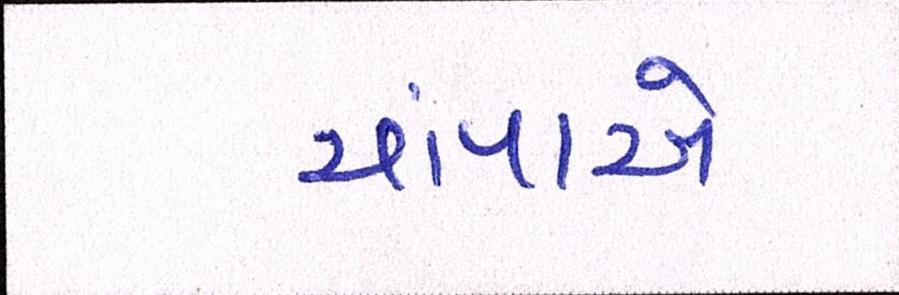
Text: ચાંપાએ